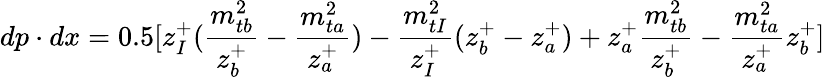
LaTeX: dp\cdot dx=0.5[z_{I}^{+}(\frac{m_{tb}^{2}}{z_{b}^{+}}-\frac{m_{ta}^{2}}{z_{a}^{+}})-\frac{m_{tI}^{2}}{z_{I}^{+}}(z_{b}^{+}-z_{a}^{+})+z_{a}^{+}\frac{m_{tb}^{2}}{z_{b}^{+}}-\frac{m_{ta}^{2}}{z_{a}^{+}}z_{b}^{+}]